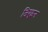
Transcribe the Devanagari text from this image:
जिएइन